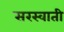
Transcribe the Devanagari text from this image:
सरस्वाती